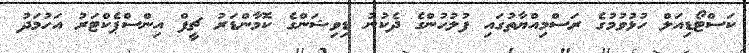
ކަސްޓޯޑިއަލް ހުޅުވުމުގެ ރަސްމިއްޔާތުގައި ފުލުހުންގެ ދެކުނު ޑިވިޝަންގެ ކޮމާންޑަރު ޗީފް އިންސްޕެކްޓަރު އަހުމަދު